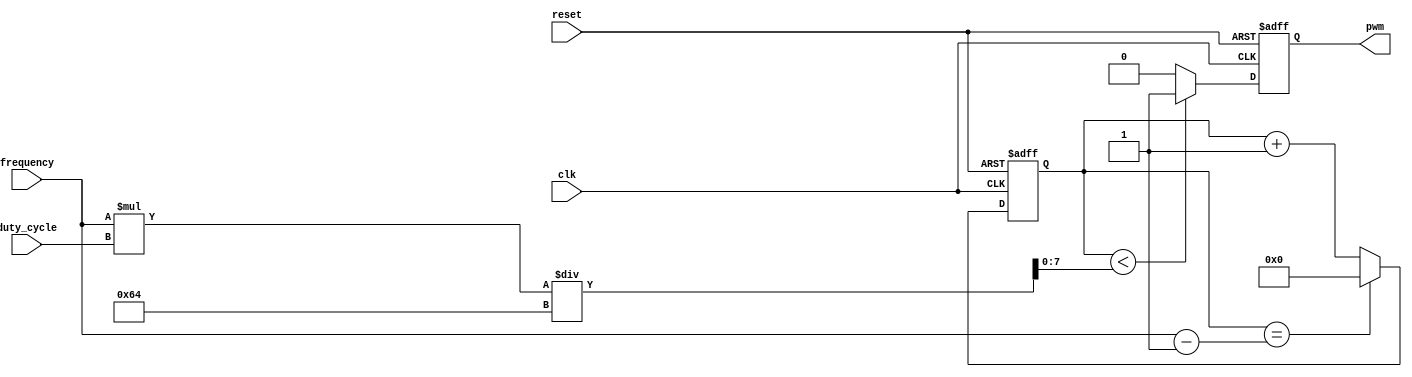
module PWM_generator (
    input wire clk,
    input wire reset,
    input wire [31:0] frequency,
    input wire [7:0] duty_cycle,
    output reg pwm
);

reg [31:0] count;
reg [7:0] threshold;

always @(posedge clk or posedge reset) begin
    if (reset) begin
        count <= 0;
        pwm <= 0;
    end else begin
        if (count == frequency - 1) begin
            count <= 0;
        end else begin
            count <= count + 1;
        end
        
        if (count < threshold) begin
            pwm <= 1;
        end else begin
            pwm <= 0;
        end
    end
end

always @(*) begin
    threshold = (frequency * duty_cycle) / 100;
end

endmodule